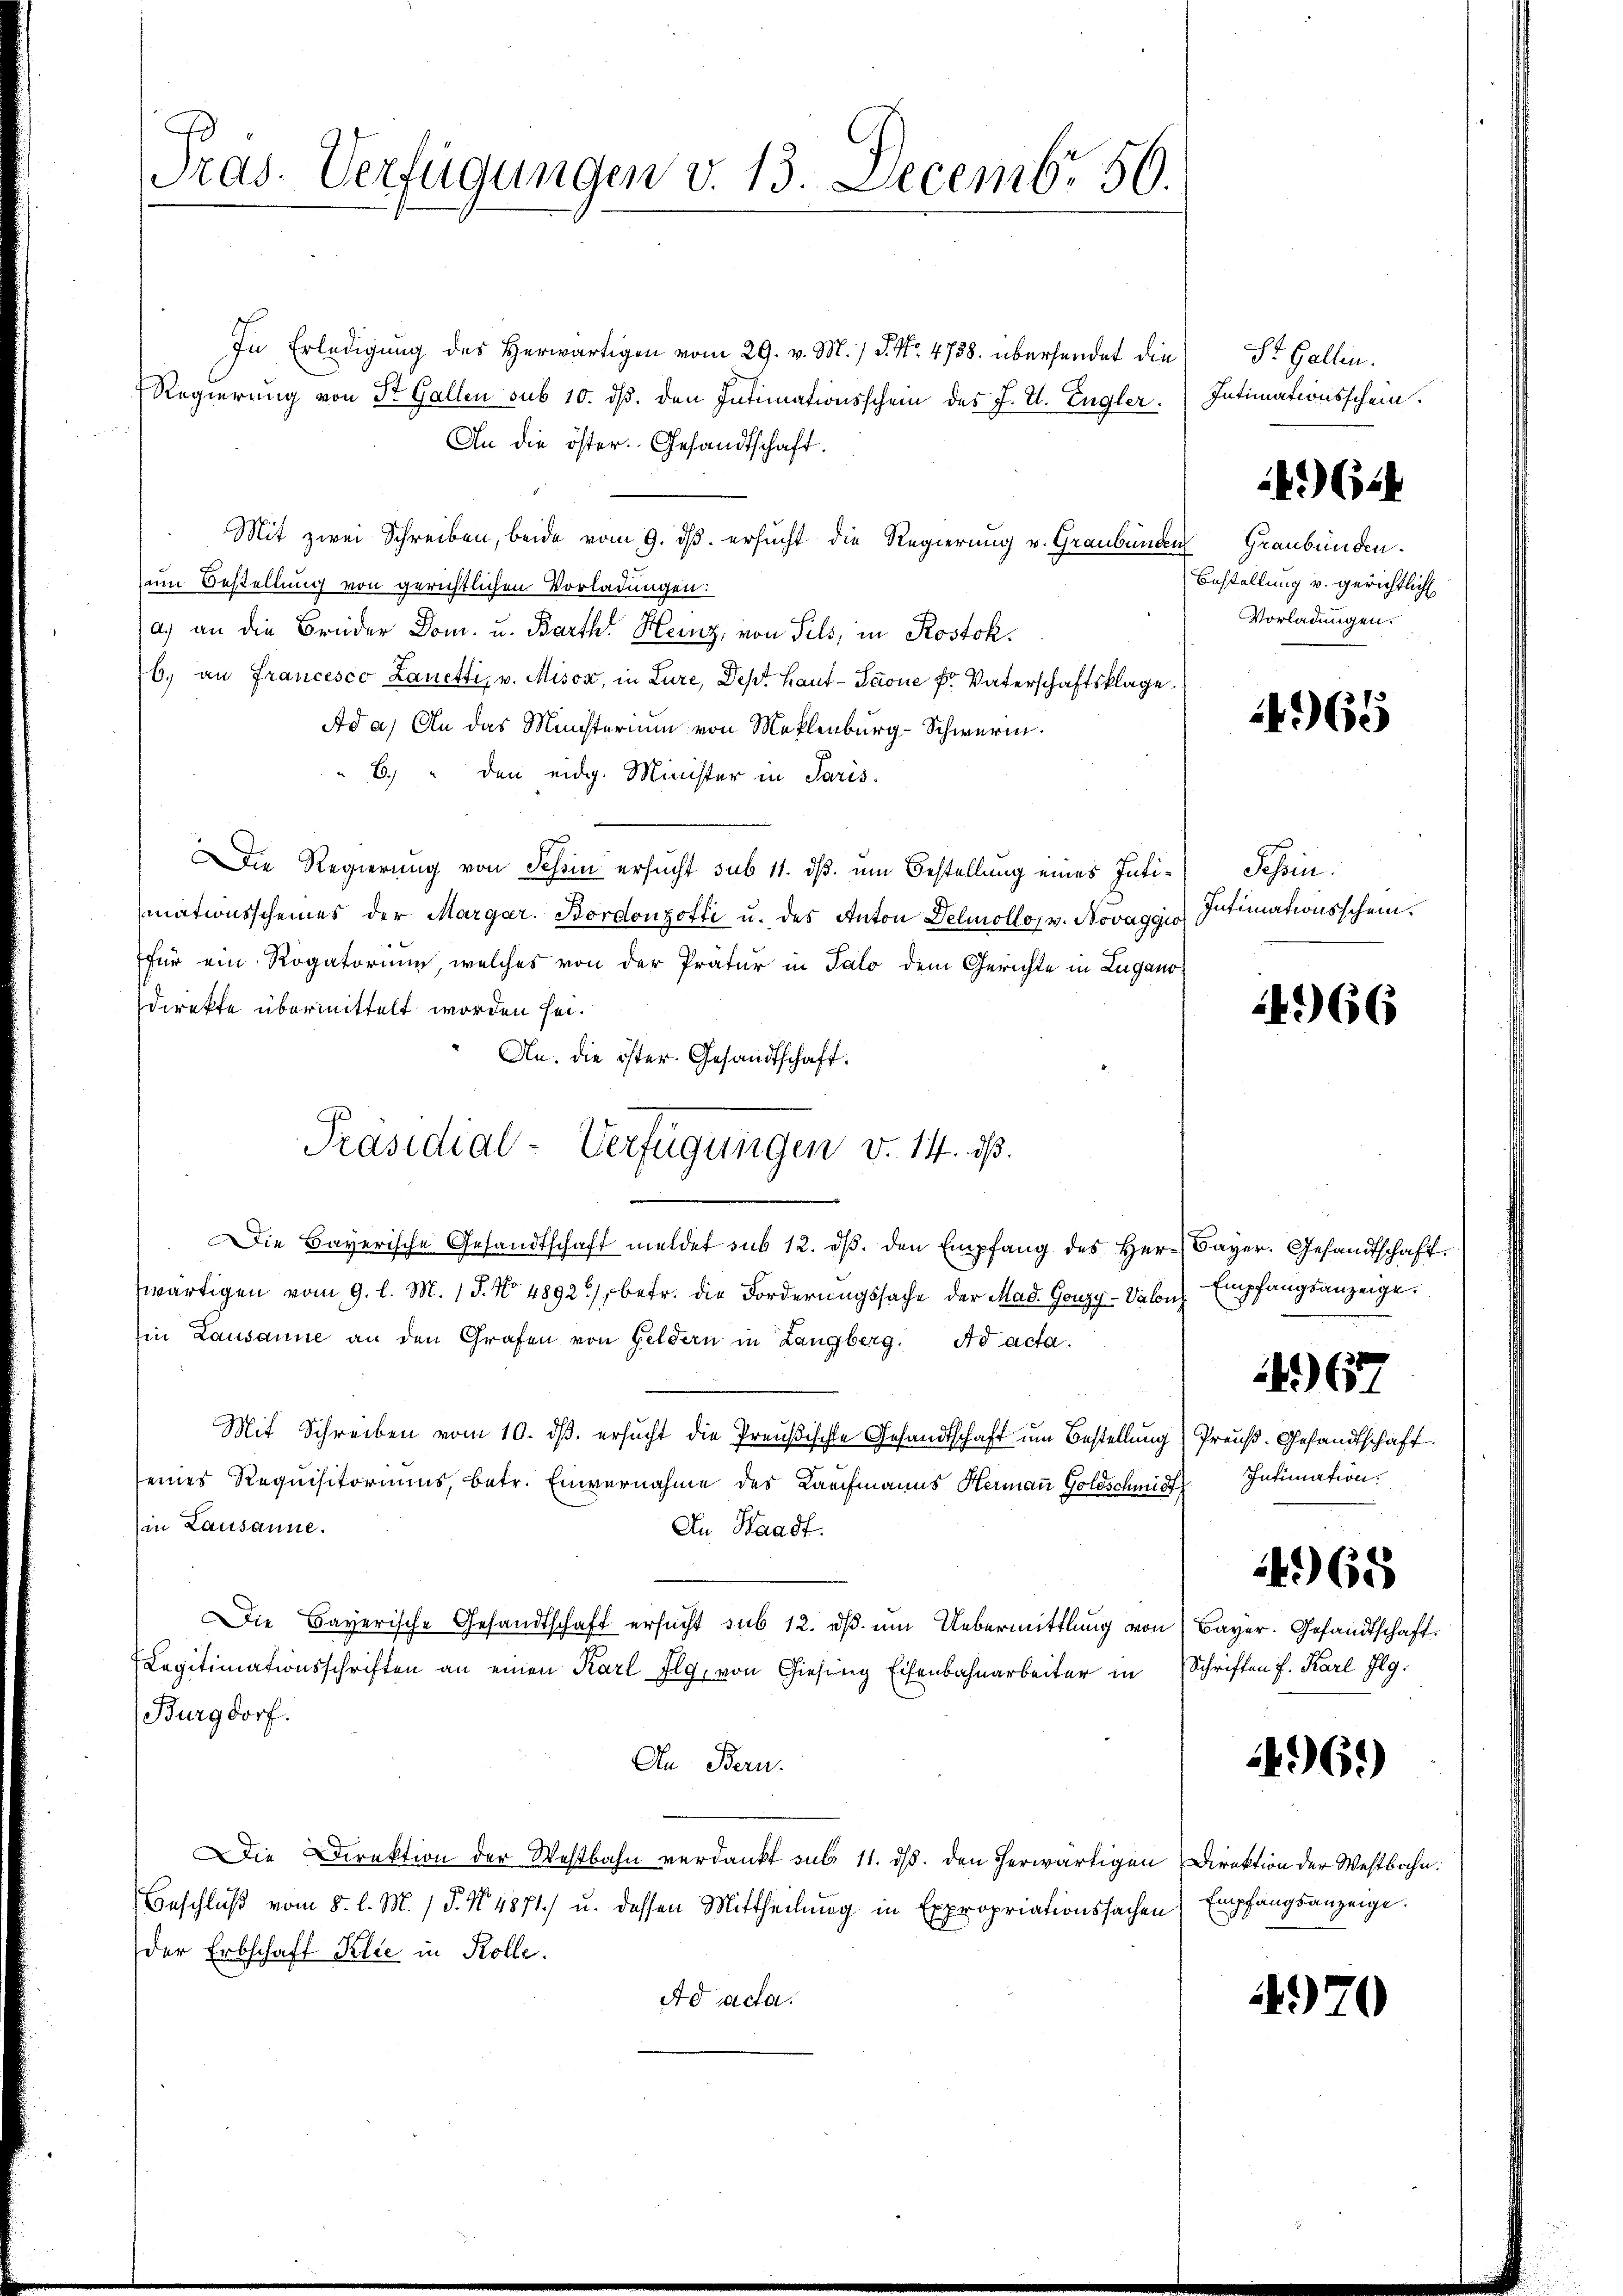
Pras. Verfügungen v. 13. Decembr. 156.

In Erledigung des Herwärtigen vom 29. v. M. / 5. No. 4738. übersendet die
Regierung von St. Gallen sub 10. ds. den Intimationsschein des J. H. Engler.
An die öster. Gesandtschaft.
Mit zwei Schreiben, beide vom 9. dß ersucht die Regierung v. Graubünden
Zum Bestellung von gerichtlichen Vorladungen:
a.) an die Brüder Dom. u. Barth. Heiz, von Sils, in Rostokb., an Francesco Zanetti, v. Misox, in Lure, Dept. Haut-Saone F. Vaterschaftsklage
Ad a) An das Ministerium von Meklenburg-Schwere.
b. " den eidg. Minister in Paris.
Die Regierung von Tessin ersucht sub 11. ds. um Bestellung eines Intimationsscheines der Margar. Bordonzotti u. des Anton Delmollos v. Novaggis Intimationsschein.
für ein Rogatorium, welches von der Prätur in Talo dem Gerichte in Lugano
Direkte übermittelt worden sei.
An. die öster. Gesandtschaft.
Die Bayerische Gesandtschaft meldet sub 12. dβ. den Empfang des Her-Bayer. Gesandtschaft.
wärtigen vom 9. l. M. 15. No 4892), betr. die Forderungssache der Mad. Gonzy-Valon
Ein Lausanne an den Grafen von Geldern in Langberg. Ad acta.
Mit Schreiben vom 10. ds. ersucht die Preußische Gesandtschaft um Bestellung Preuß. Gesandtschaft
seines Requisitoriums, betr. Einvernahme des Kaufmanns Hermaṅ Goldschmid
(in Lausanne.
An Waadt.
Die Bayerische Gesandtschaft ersucht sub 12. dβ ŭm Uebermittlung von Bayer. Gesandtschaft
Legitimationsschriften an einen Karl Flg, von Giesing Eisenbahnarbeiter in Schriften f. Karl Ilg.
Burgdorf.
An Bern.
Die Direktion der Westbahn verdankt sub 11. ds. den herwärtigen Direktion der Westbahn.
Beschluß vom 8. l. M. P. Nr. 4871) u. dessen Mittheilung in Expropriationssachen
der Erbschaft Klie in Kolle.
Ad acta.

Präsidial-Verfügungen v. 14. ds.
e

St. Gallen.
Intimationsschein.

4. 644

Graubünden.
Bestellung u. gerichtlich
Vorladungen.

4965

Schein.

466

Empfangsanzeige.

467

Intimation.
4965

496.)

Empfangsanzeige.

4970